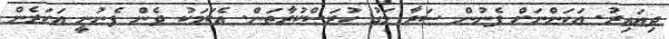
ދިޔައިރު. އަހަންނަށް ފެނުން ސަރާ މަގު ހުރަސްކުރާތަން. އެކަމަކު ދެން ފެނުނީ އަހަރެން